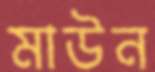
মাউন